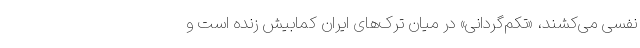
نفسی می‌کشند، «تکم‌گردانی» در میان ترک‌های ایران کمابیش زنده است و